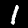
Digit: 1